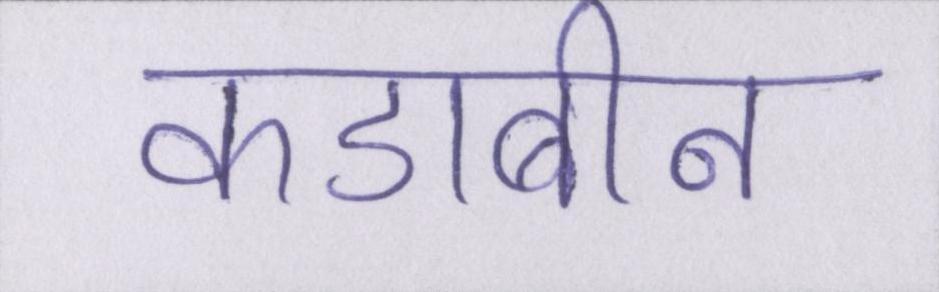
कडाबीन